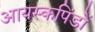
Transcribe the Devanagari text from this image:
आयस्कपिंडों